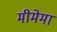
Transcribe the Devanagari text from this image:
मीमेमा